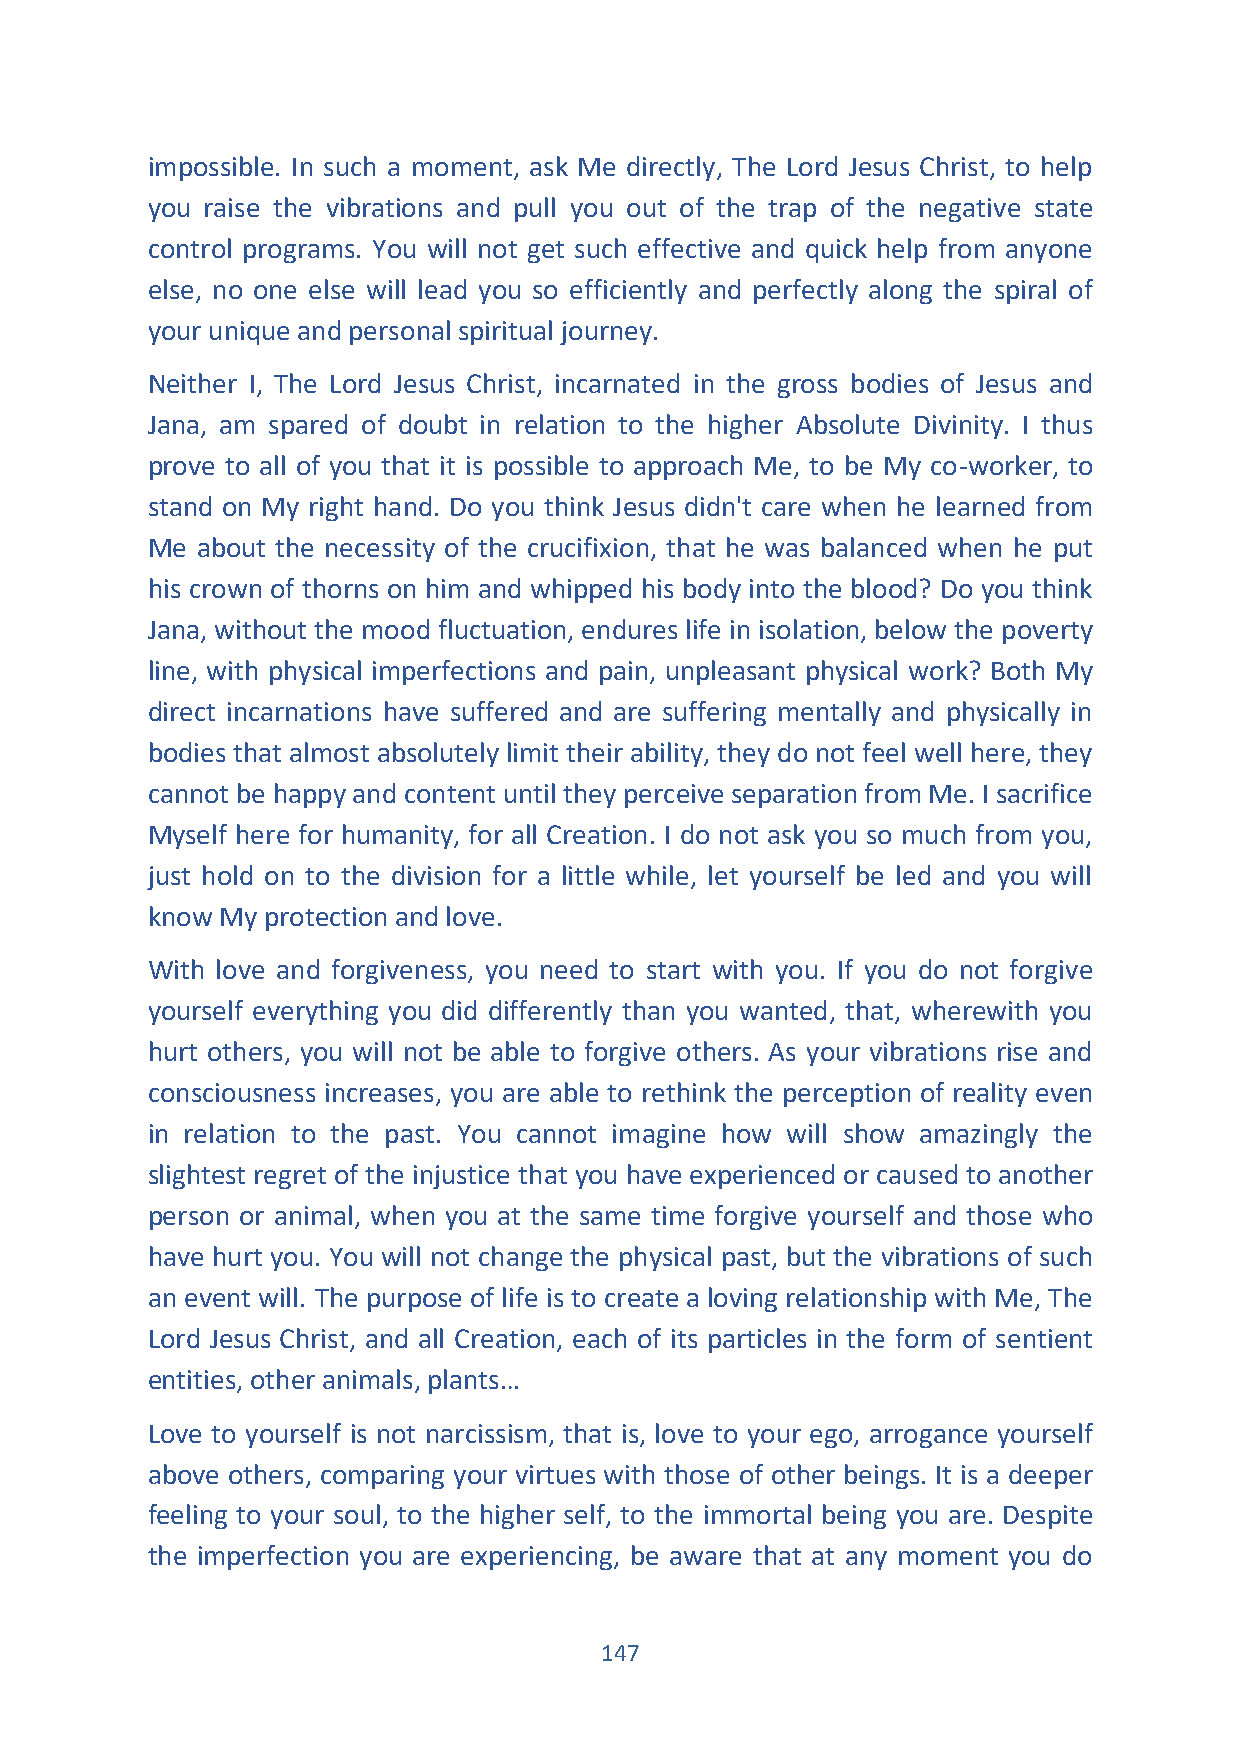
impossible. In such a moment, ask Me directly, The Lord Jesus Christ, to help
 you raise the vibrations and pull you out of the trap of the negative state
 control programs. You will not get such effective and quick help from anyone
 else, no one else will lead you so efficiently and perfectly along the spiral of
 your unique and personal spiritual journey.
 Neither I, The Lord Jesus Christ, incarnated in the gross bodies of Jesus and
 Jana, am spared of doubt in relation to the higher Absolute Divinity. I thus
 prove to all of you that it is possible to approach Me, to be My co-worker, to
 stand on My right hand. Do you think Jesus didn't care when he learned from
 Me about the necessity of the crucifixion, that he was balanced when he put
 his crown of thorns on him and whipped his body into the blood? Do you think
 Jana, without the mood fluctuation, endures life in isolation, below the poverty
 line, with physical imperfections and pain, unpleasant physical work? Both My
 direct incarnations have suffered and are suffering mentally and physically in
 bodies that almost absolutely limit their ability, they do not feel well here, they
 cannot be happy and content until they perceive separation from Me. I sacrifice
 Myself here for humanity, for all Creation. I do not ask you so much from you,
 just hold on to the division for a little while, let yourself be led and you will
 know My protection and love.
 With love and forgiveness, you need to start with you. If you do not forgive
 yourself everything you did differently than you wanted, that, wherewith you
 hurt others, you will not be able to forgive others. As your vibrations rise and
 consciousness increases, you are able to rethink the perception of reality even
 in relation to the past. You cannot imagine how will show amazingly the
 slightest regret of the injustice that you have experienced or caused to another
 person or animal, when you at the same time forgive yourself and those who
 have hurt you. You will not change the physical past, but the vibrations of such
 an event will. The purpose of life is to create a loving relationship with Me, The
 Lord Jesus Christ, and all Creation, each of its particles in the form of sentient
 entities, other animals, plants…
 Love to yourself is not narcissism, that is, love to your ego, arrogance yourself
 above others, comparing your virtues with those of other beings. It is a deeper
 feeling to your soul, to the higher self, to the immortal being you are. Despite
 the imperfection you are experiencing, be aware that at any moment you do
 147